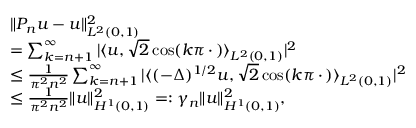
\begin{array} { r l } & { \| P _ { n } u - u \| _ { L ^ { 2 } ( 0 , 1 ) } ^ { 2 } } \\ & { = \sum _ { k = n + 1 } ^ { \infty } | \langle u , \sqrt { 2 } \cos ( k \pi \, \cdot \, ) \rangle _ { L ^ { 2 } ( 0 , 1 ) } | ^ { 2 } } \\ & { \leq \frac { 1 } { \pi ^ { 2 } n ^ { 2 } } \sum _ { k = n + 1 } ^ { \infty } | \langle ( - \Delta ) ^ { 1 / 2 } u , \sqrt { 2 } \cos ( k \pi \, \cdot \, ) \rangle _ { L ^ { 2 } ( 0 , 1 ) } | ^ { 2 } } \\ & { \leq \frac { 1 } { \pi ^ { 2 } n ^ { 2 } } \| u \| _ { H ^ { 1 } ( 0 , 1 ) } ^ { 2 } = : \gamma _ { n } \| u \| _ { H ^ { 1 } ( 0 , 1 ) } ^ { 2 } , } \end{array}